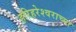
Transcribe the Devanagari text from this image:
हरिहरेश्‍वराच्या